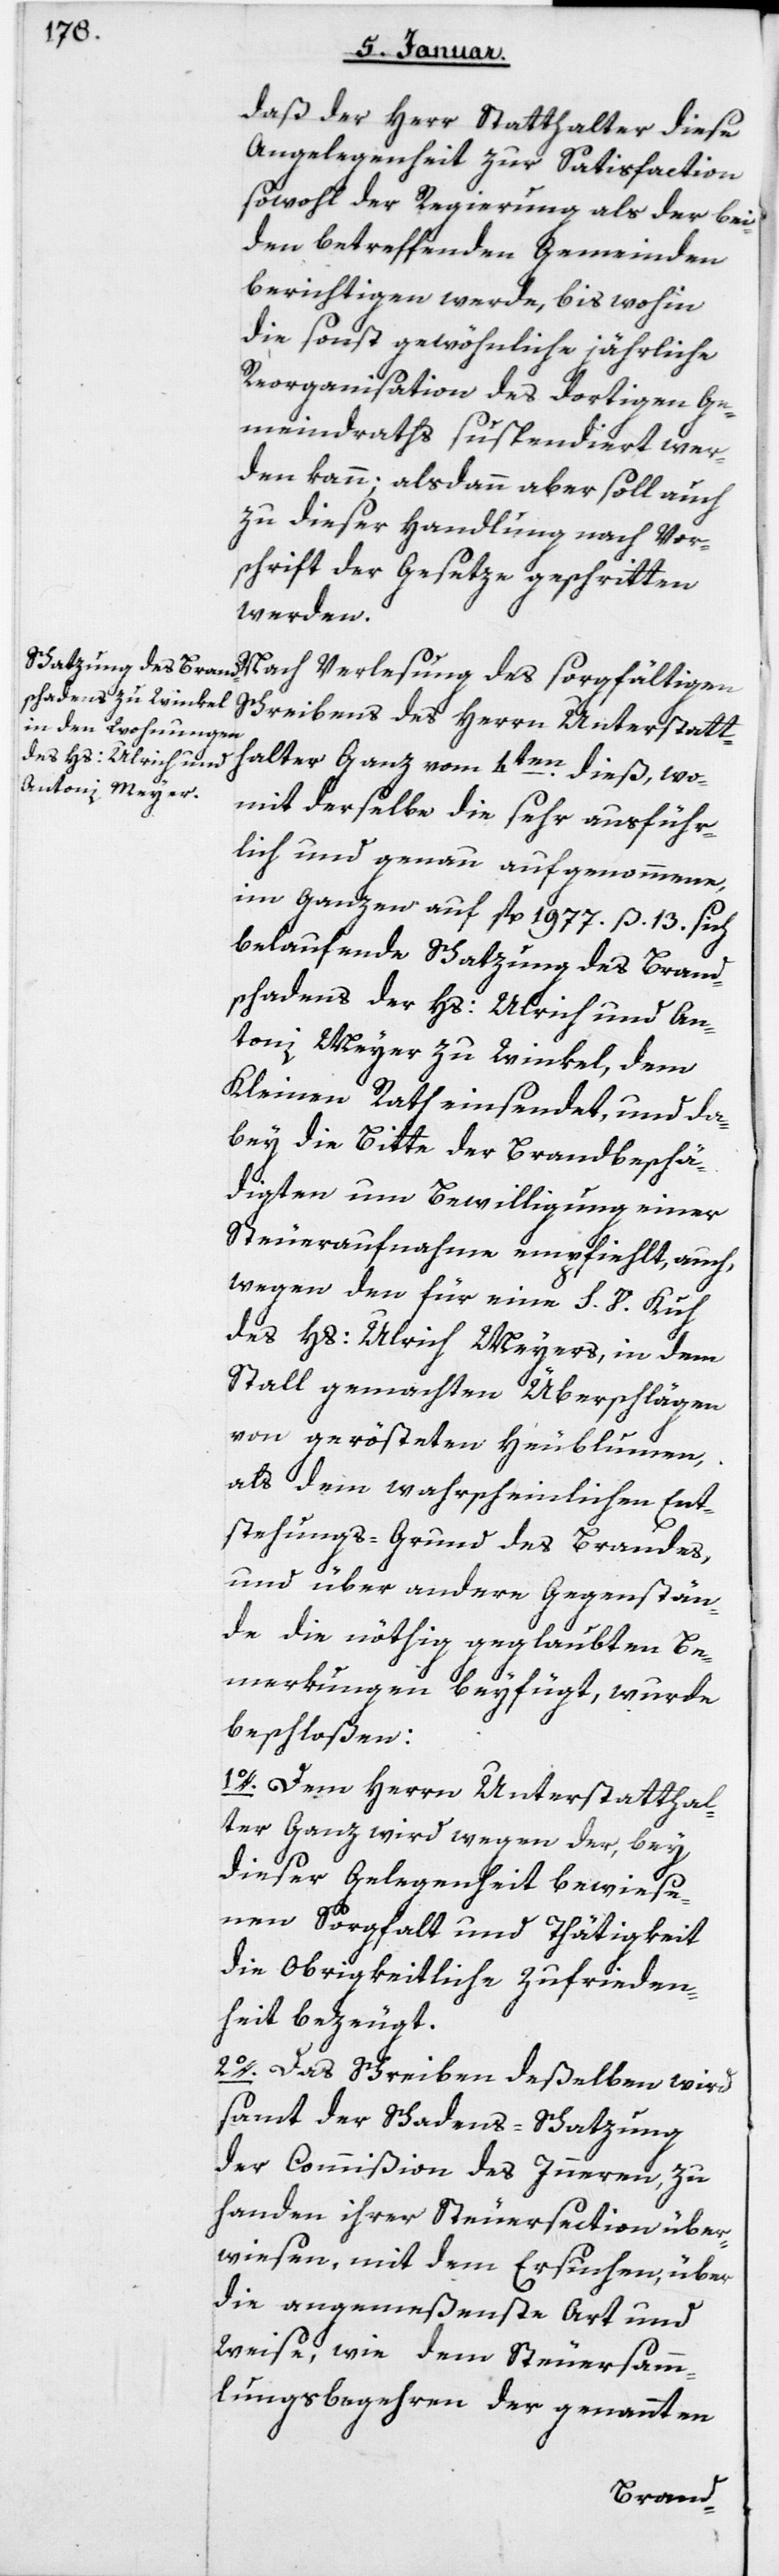
daß der Herr Statthalter diese
Angelegenheit zur Satisfaction
sowohl der Regierung als der bey¬
den betreffenden Gemeinden
berichtigen werde, bis wohin
die sonst gewöhnliche jährliche
Reorganisation des dortigen Ge¬
meindraths suspendiert wer¬
den kann, alsdann aber soll auch
zu dieser Handlung nach Vor¬
schrift der Gesetze geschritten
werden.
Schreibens des Herrn Unterstatt¬
halter Ganz vom 4ten dieß, wo¬
mit derselbe die sehr ausführ¬
lich und genau aufgenommene,
im Ganzen auf fl. 1977 ß 13 sich
belaufende Schatzung des Brand¬
schadens der Hs. Ulrich und An¬
toni Meyer zu Winkel, dem
Kleinen Rath einsendet, und da¬
bey die Bitte der Brandbeschä¬
digten um Bewilligung einer
Steueraufnahme empfiehlt, auch
wegen den für eine S. V. Kuh
des Hs. Ulrich Meyers in dem
Stall gemachten Überschlägen
von gerösteten Heublumen,
als dem wahrscheinlichen Ent¬
stehungs-Grund des Brandes,
und über andere Gegenstän¬
de die nöthig geglaubten Be¬
merkungen beyfügt, wurde
beschloßen:
1. Dem Herrn Unterstatthal¬
ter Ganz wird wegen der, bey
dieser Gelegenheit bewiese¬
nen Sorgfalt und Thätigkeit
die obrigkeitliche Zufrieden¬
heit bezeugt.
2. Das Schreiben deßelben wird
samt der Schadens-Schatzung
der Commißion des Innern zu
Handen ihrer Steuersection über¬
wiesen, mit dem Ersuchen, über
die angemeßenste Art und
Weise, wie dem Steuersamm¬
lungsbegehren der genannten